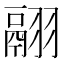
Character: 翮